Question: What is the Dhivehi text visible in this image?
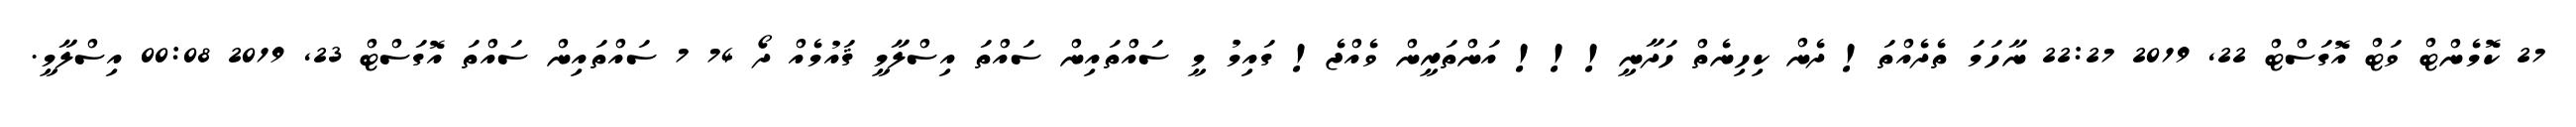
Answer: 27 ކޮމެންޓް ވަޓް އޮގަސްޓް 22, 2019 22:27 ނާހަމަ ތެދެއްތަ! ދެން ކިހިނެތް ހަދާނީ!!! އަންތަރީން ވެއްޖެ! ގައިމު މީ ސައްތައިން ސައްތަ އިސްލާމީ ޤައުމެއް ދޯ 74 7 ސައްތައިން ސައްތަ އޮގަސްޓް 23, 2019 00:08 އިސްލާމީ.